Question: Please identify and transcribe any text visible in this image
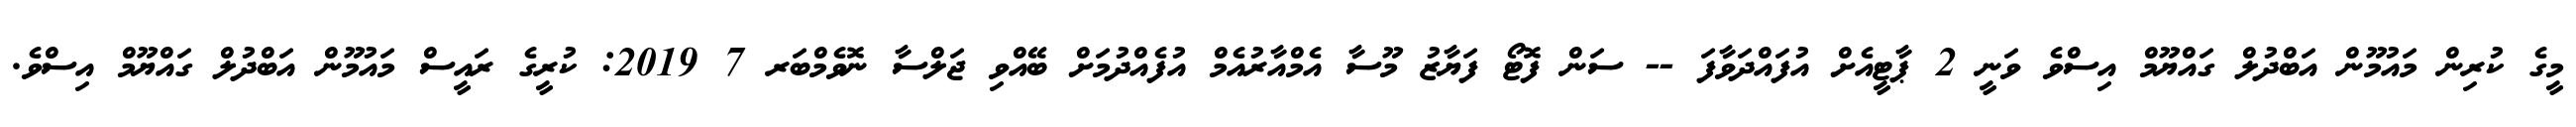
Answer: މީގެ ކުރިން މައުމޫން އަބްދުލް ގައްޔޫމް އިސްވެ ވަނީ 2 ޕާޓީއެށް އުފައްދަވާފަ -- ސަން ފޮޓޯ ފަޔާޒު މޫސާ އެމްއާރުއެމް އުފެއްދުމަށް ބޭއްވި ޖަލްސާ ނޮވެމްބަރ 7 2019: ކުރީގެ ރައީސް މައުމޫން އަބްދުލް ގައްޔޫމް އިސްވެ.